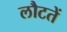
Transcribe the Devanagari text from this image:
लौटतें